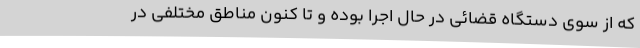
که از سوی دستگاه قضائی در حال اجرا بوده و تا کنون مناطق مختلفی در